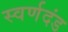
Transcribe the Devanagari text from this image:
स्वर्णदंड